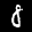
Label: 8